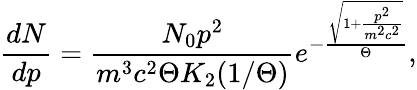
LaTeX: \frac{dN}{dp}=\frac{N_{0}p^{2}}{m^{3}c^{2}\Theta K_{2}(1/\Theta)}e^{-\frac{\sqrt{1+\frac{p^{2}}{m^{2}c^{2}}}}{\Theta}},